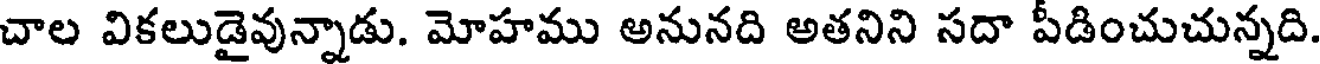
చాల వికలుడైవున్నాడు. మోహము అనునది అతనిని సదా పడించుచున్నది.